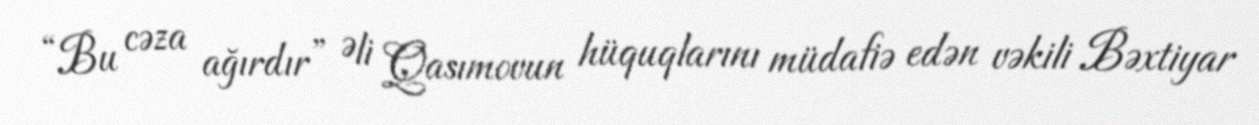
“Bu cəza ağırdır” Əli Qasımovun hüquqlarını müdafiə edən vəkili Bəxtiyar